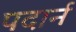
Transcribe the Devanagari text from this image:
पदार्न